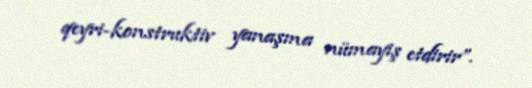
qeyri-konstruktiv yanaşma nümayiş etdirir”.